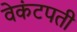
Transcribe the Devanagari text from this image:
वेकंटपती